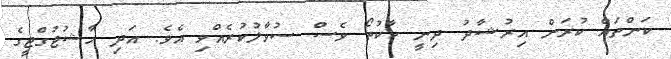
ކަންތައް ކުރަން އިރުޝާދު ދިނީ ކާކުތޯ ވެސް ސުވާލުކުރެއްވި އެވެ. އަދި ޚާޝުޖުގްޖީގެ